Scottish Leaving Certificate Examination, 1958
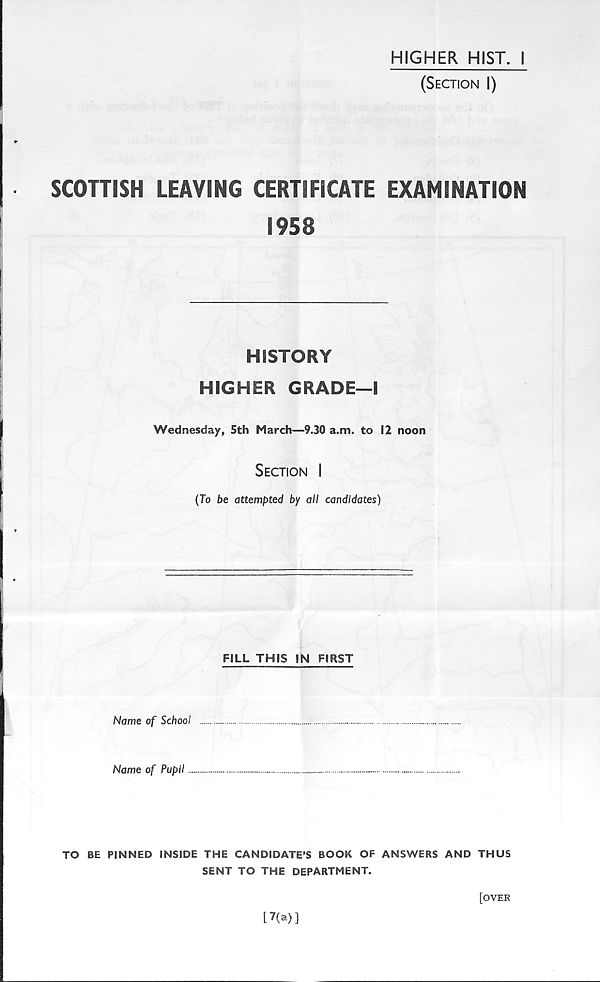
HIGHER HIST. I
(Section I)
SCOHISH LEAVING CERTIFICATE EXAMINATION
1958
HISTORY
HIGHER GRADE—I
Wednesday, 5th March—9.30 a.m. to 12 noon
Section I
(To be attempted by all candidates)
FILL THIS IN FIRST
Name of School
Name of Pupil
TO BE PINNED INSIDE THE CANDIDATE’S BOOK OF ANSWERS AND THUS
SENT TO THE DEPARTMENT.
[7(a)]
[OYER